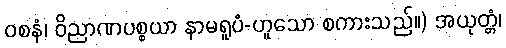
ဝစနံ၊ ဝိညာဏပစ္စယာ နာမရူပံ-ဟူသော စကားသည်။) အယုတ္တံ၊